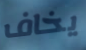
يخاف